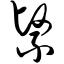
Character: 紧